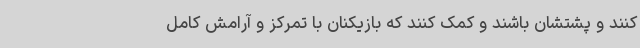
کنند و پشتشان باشند و کمک کنند که بازیکنان با تمرکز و آرامش کامل